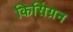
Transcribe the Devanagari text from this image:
किसिंग्रन